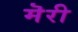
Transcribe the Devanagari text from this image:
मॆरी